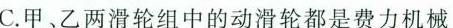
C.甲、乙两滑轮组中的动滑轮都是费力机械